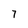
Character: 7